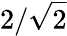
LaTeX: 2/\sqrt{2}